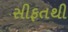
સીફતથી